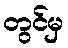
တွင်မှ